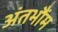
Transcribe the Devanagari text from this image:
अंतभौंम